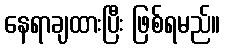
နေရာချထားပြီး ဖြစ်ရမည်။